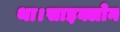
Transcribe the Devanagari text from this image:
था।साइक्लोन